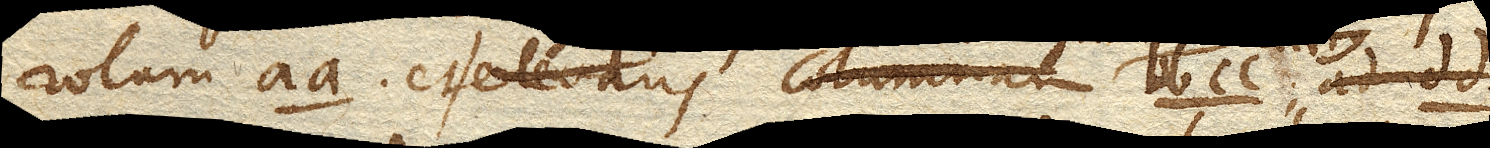
rotam aa. et elevans columnam bb cc. ad dd.